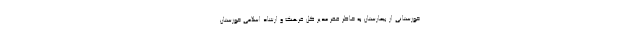
خوزستانی از بیمارستان به خاطر فقر مدیر کل فرهنگ و ارشاد اسلامی خوزستان